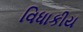
વિધાકીય